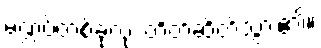
မဏ္ဍပ်တစ်ခုလုံး တိတ်ဆိတ်သွား၏။